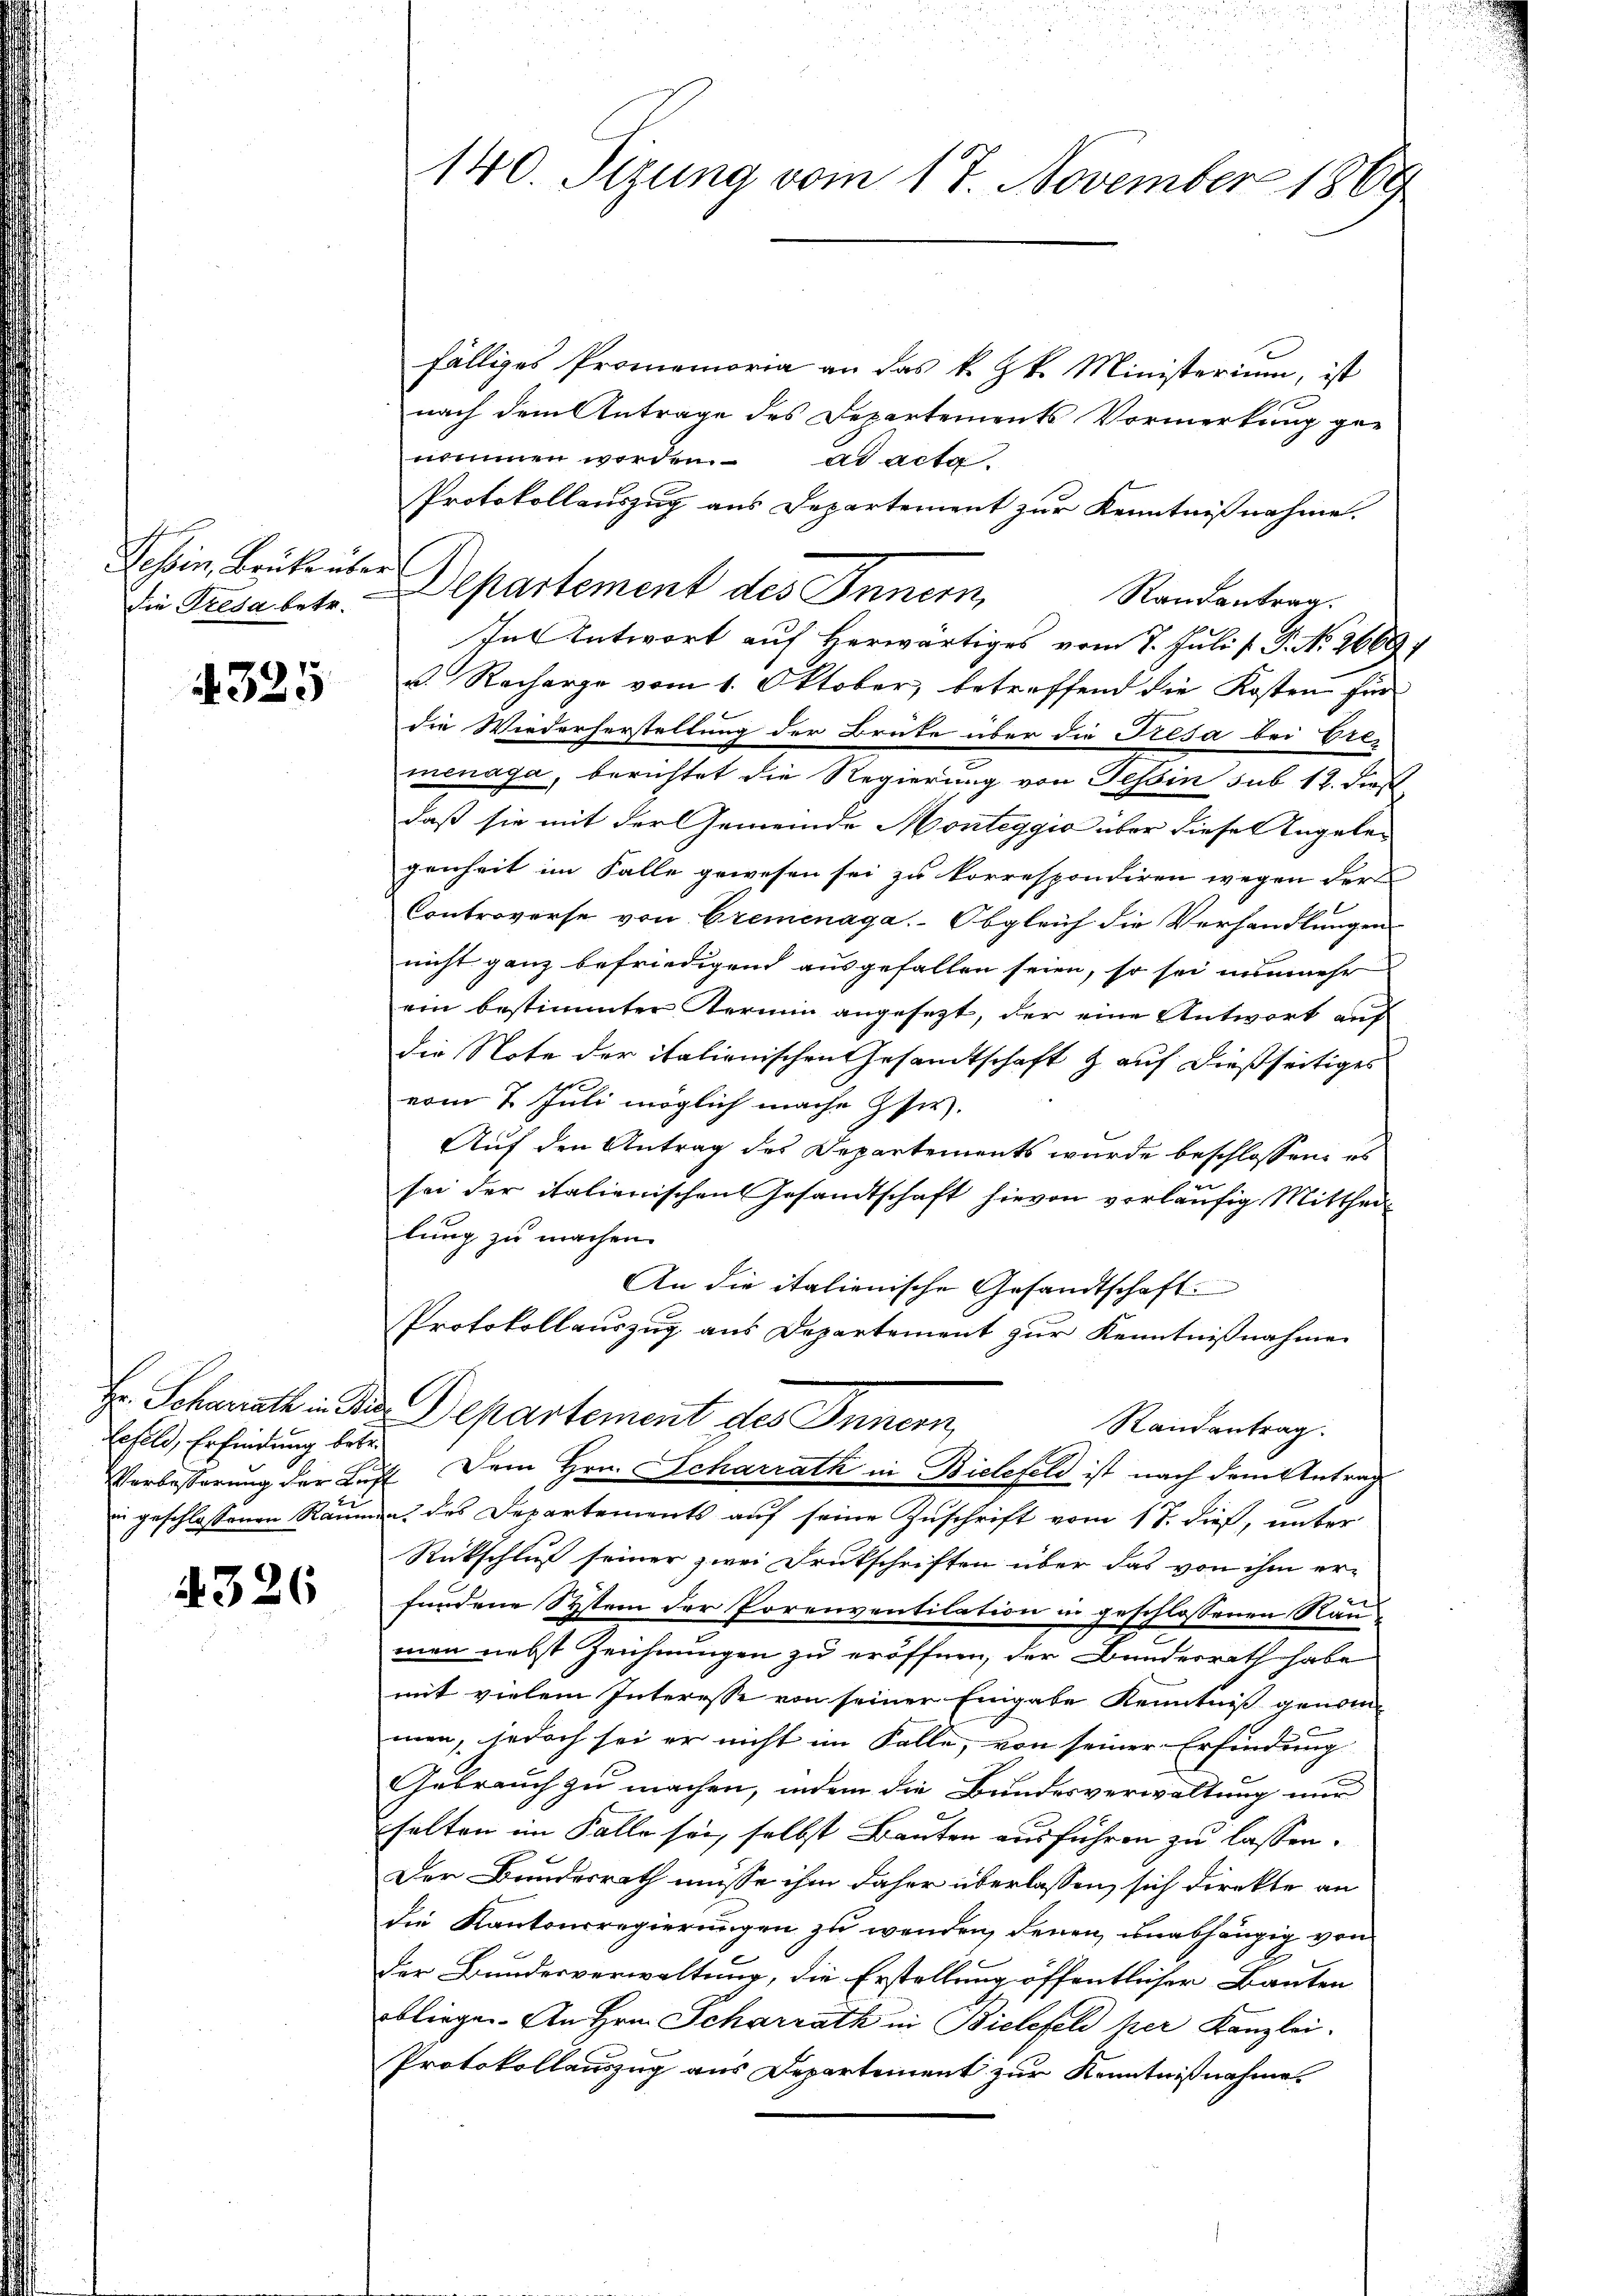
Tessin, Brüke über
Die Tresa betr.

4325

Hr. Scharrath in Wi
Lefeld, Erfindung betr.
Verbesserung der Kini geschlossenen Räum

4326

140. Sizung vom 17. November 1869

fälliges Promemoria an das k. k. Ministerium, ist
nach dem Antrage des Departements Vormerkung genommen worden. ad acta
Protokollauszug aus Departement zur Kenntnißnahme.
Departement des Innern,
Randantrag.
Tat Entwort auf herwärtiges vom 7. Juli d. G. No. 2669.
v. Recharge vom 1. Oktober, betreffend die Kosten für
die Wiederherstellung der Brüke über die Tresa bei Ere-
menaga, berichtet die Regierung von Tessin sub 12. dieß
daß sie mit der Gemeinde Monteggio aber diese Angelegenheit im Falle gewesen sei zu korrespondiren wegen der
Controverse von Cremenaga. Obgleich die Verhandlungen
nicht ganz befriedigend ausgefallen seien, so sei nunmehr
ein bestimmter Termin angesezt, der eine Antwort auf
die Note der italienischen Gesandtschaft & auf dießseitiges
vom 2. Juli möglich mache Isi.
Auf den Antrag des Departements wurde beschlossen, es
sei der italienischen Gesandtschaft hievon vorläufig Mittheil
lung zu machen.
An die italienische Gesandtschaft.
Protokollauszug aus Departement zur Kenntnißnahme
Departement des Innern,
Randantrag.
 Dem Hrn. Scharrath in Bielefeld ist nach dem Antrag
a. des Departements auf seine Zuschrift vom 17. dieß, unter
Rückschluß seiner zwei Druckschriften über das von ihm er-
fundene System der Porenventilation in geschlossenen Raumen nebst Zeichnungen zu eröffnen, der Bundesrath habe
mit vielem Interesse von seiner Eingabe Kenntniß genom-
men, jedoch sei er nicht im Falle, von seiner Erfindung
Gebrauch zu machen, indem die Bundesverwaltung nur
halten im Falle sei, selbst Bauten ausführen zu lassen.
Der Bundesrath müsse ihm daher überlassen, sich direkte an
Die Kantonsregierungen zu wenden, denen unabhängig von
Der Bundesverwaltung, die Erstellung öffentlicher Bauten
obliegen. An Hrn. Scharrath in Bielefeld per Kanzlei.
Protokollauszug aus Departement zur Kenntnißnahme.